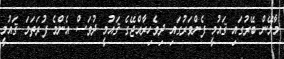
މާލޭން ބޭރުގައި ޤައުމީ ފެންވަރުގައި ދިވެހިރާއްޖޭގެ ޤައުމީ ދުވަސް އެންމެ ފުރަތަމަ ޤައުމީ